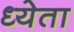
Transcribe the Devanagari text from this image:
ध्येता